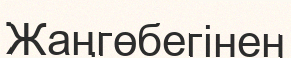
Жаңгөбегінен